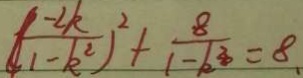
( \frac { - 2 k } { 1 - k ^ { 2 } } ) ^ { 2 } + \frac { 8 } { 1 - k ^ { 2 } } = 8 .